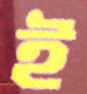
ই